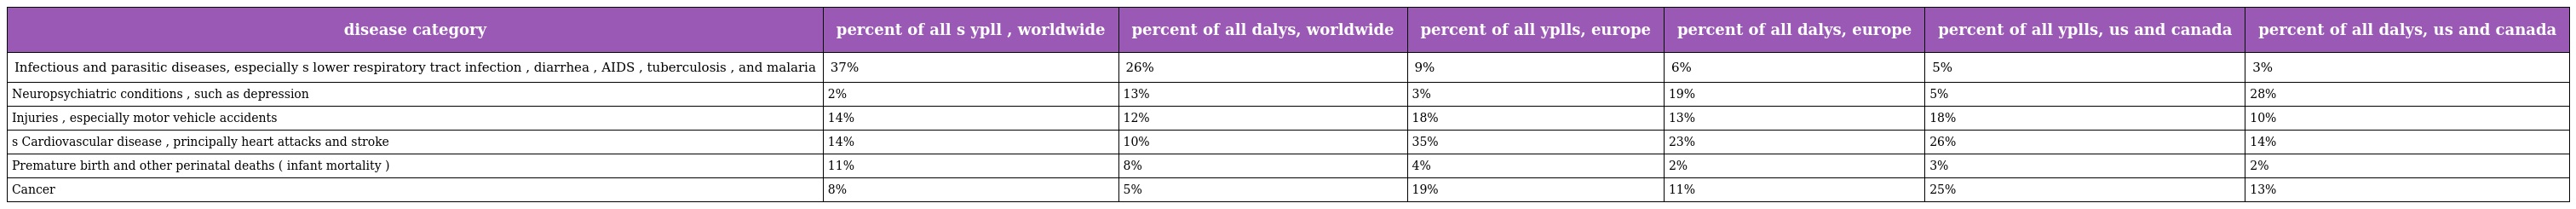
| disease category | percent of all s ypll , worldwide | percent of all dalys, worldwide | percent of all yplls, europe | percent of all dalys, europe | percent of all yplls, us and canada | percent of all dalys, us and canada |
 | --- | --- | --- | --- | --- | --- | --- |
 | Infectious and parasitic diseases, especially s lower respiratory tract infection , diarrhea , AIDS , tuberculosis , and malaria | 37% | 26% | 9% | 6% | 5% | 3% |
 | Neuropsychiatric conditions , such as depression | 2% | 13% | 3% | 19% | 5% | 28% |
 | Injuries , especially motor vehicle accidents | 14% | 12% | 18% | 13% | 18% | 10% |
 | s Cardiovascular disease , principally heart attacks and stroke | 14% | 10% | 35% | 23% | 26% | 14% |
 | Premature birth and other perinatal deaths ( infant mortality ) | 11% | 8% | 4% | 2% | 3% | 2% |
 | Cancer | 8% | 5% | 19% | 11% | 25% | 13% |